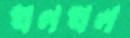
থলথল